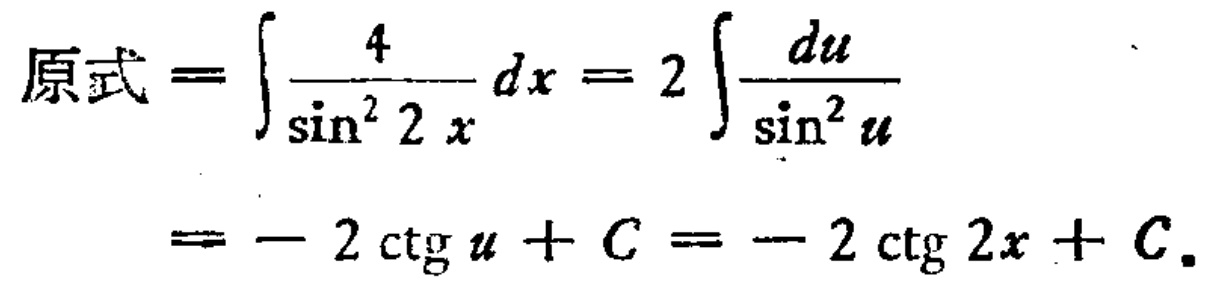
\[\begin{align*}
原式&=\int\frac{4}{\sin^{2}2x}dx = 2\int\frac{du}{\sin^{2}u}\\
&=- 2\operatorname{ctg}u + C=- 2\operatorname{ctg}2x + C.
\end{align*}\]